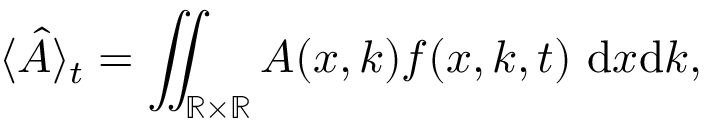
\langle \hat { A } \rangle _ { t } = \iint _ { \mathbb { R } \times \mathbb { R } } A ( x , k ) f ( x , k , t ) ~ \mathrm { d } x \mathrm { d } k ,